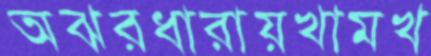
অঝরধারায়খামখ